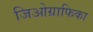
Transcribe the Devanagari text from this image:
जिओग्राफिका